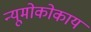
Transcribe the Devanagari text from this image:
न्यूमोकोकाय